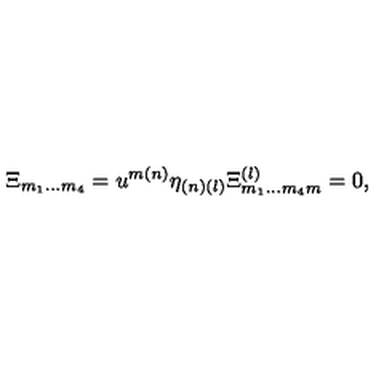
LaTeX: \Xi _ { { m } _ { { 1 } } \ldots { m } _ { { 4 } } } = u ^ { { m ( n ) } } \eta _ { { ( n ) ( l ) } } \Xi _ { { m } _ { { 1 } } \ldots { m } _ { { 4 } } { m } } ^ { { ( l ) } } = 0 ,